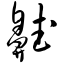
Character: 齄